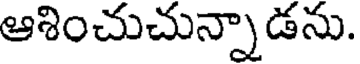
ఆశించుచున్నాడను.